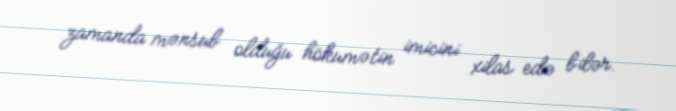
zamanda mənsub olduğu hökumətin imicini xilas edə bilər.